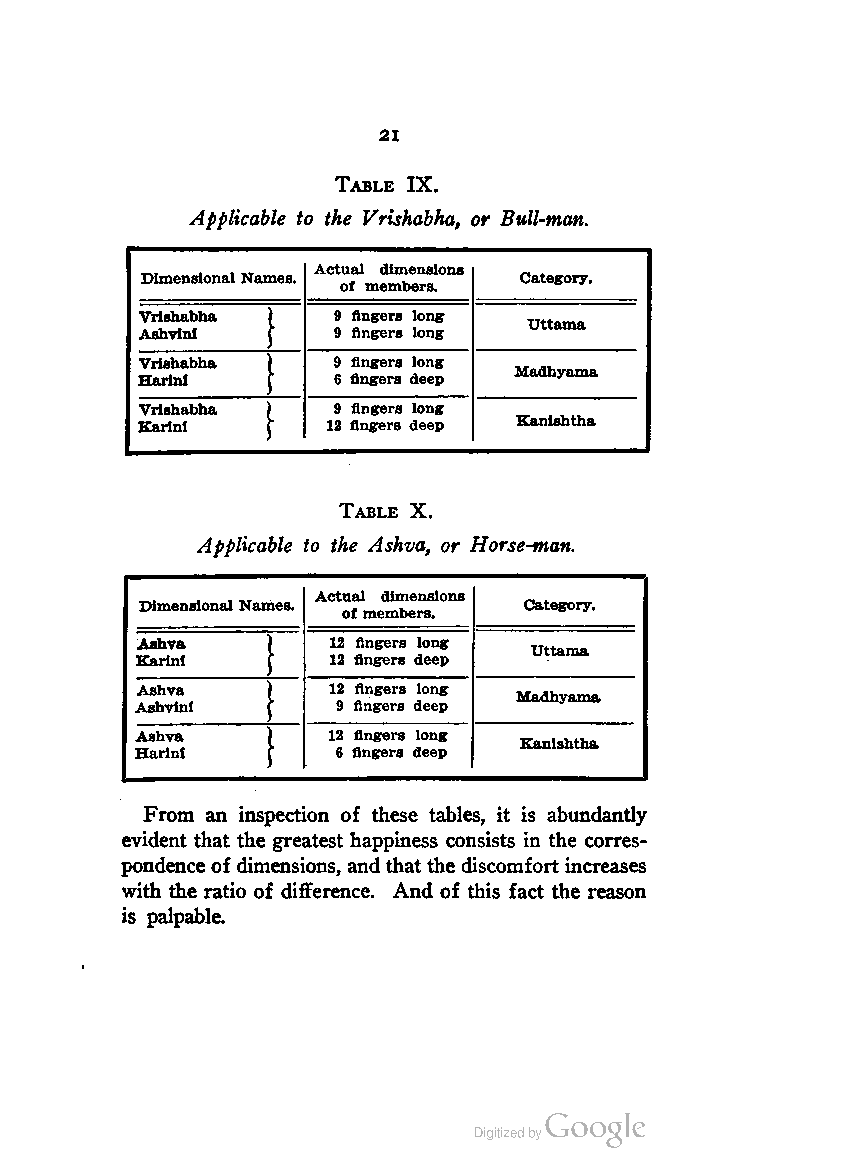
21
 Table IX.
 Applicable to the Vrishabha, or Bull-man.
 Actual dimensions
 Dimensional Names.       Category.
 of members.
 Vrishabha )  9 fingers long
 Uttama
 Ashvinl  |   9 Angers long
 Vrishabha )  9 fingers long
 Madhyama
 Harini   ^   6 fingers deep
 Vrishabha )  9 fingers long
 Karinl   [   12 fingers deep Kanlshtha
 Table X.
 Applicable to the Ashva, or Horse-man.
 Actual dimensions
 Dimensional Names.        Category.
 ofmembers.
 Ashva    )   12 fingers long
 Uttama
 Karinl   f   12 fingers deep
 Ashva    )   12 fingers long
 Madhyama
 Ashvini  |   9 fingers deep
 Ashva    )   12 fingers long
 Kanlshtha
 Harini   f   6 fingers deep
 From an inspection of these tables, it is abundantly
 evident that the greatest happiness consists in the corres
 pondence ofdimensions, and thatthe discomfort increases
 with the ratio of difference. And of this fact the reason
 is palpable.